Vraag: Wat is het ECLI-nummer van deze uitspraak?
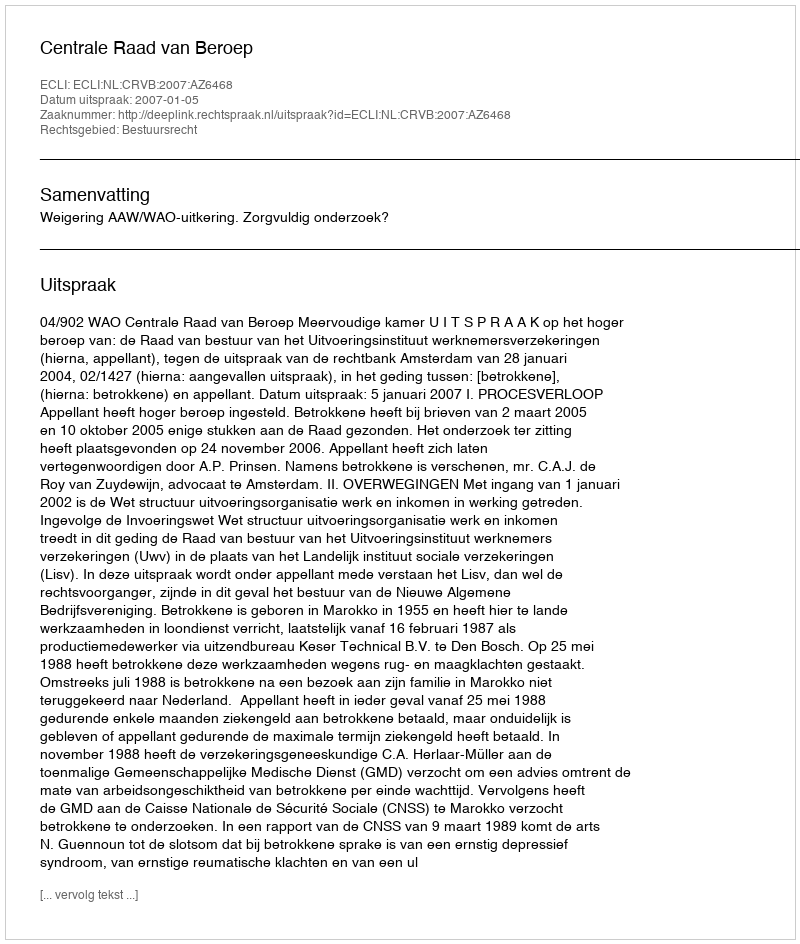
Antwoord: ECLI:NL:CRVB:2007:AZ6468